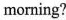
morning?